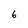
Character: 6